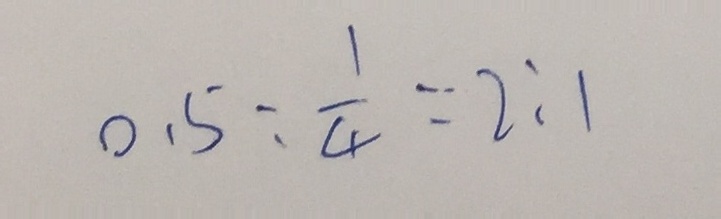
0 . 5 : \frac { 1 } { 4 } = 2 : 1